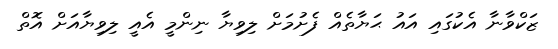
ޒަކްވާނާ އެކުގައި އައު ޙަޔާތެއް ފެށުމަށް ލިވިޔާ ނިންމީ އެއީ ލިވިޔާއަށް އޮތް